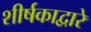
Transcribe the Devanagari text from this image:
शीर्षकाद्वारे